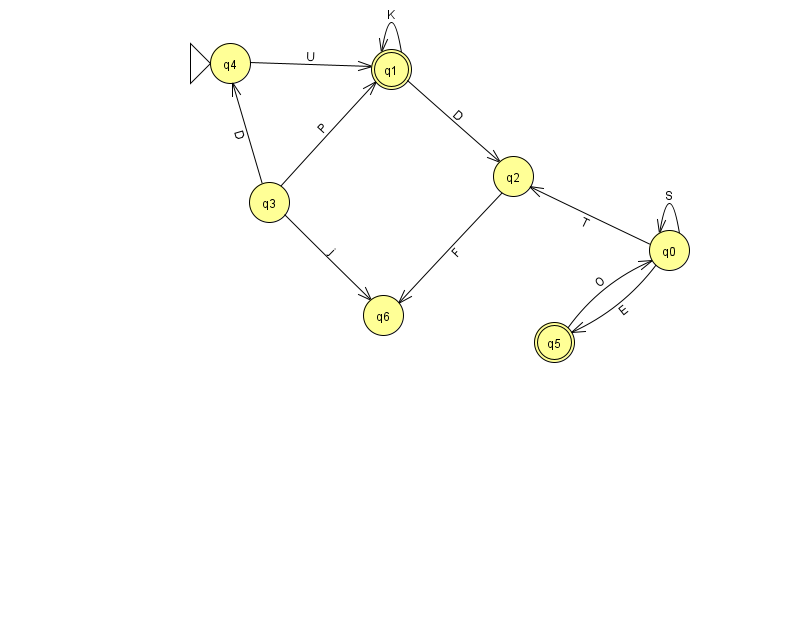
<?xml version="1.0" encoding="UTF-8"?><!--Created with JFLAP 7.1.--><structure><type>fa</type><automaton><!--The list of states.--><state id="0" name="q0"><x>669.0</x><y>237.0</y></state><state id="1" name="q1"><x>391.0</x><y>56.0</y><final/></state><state id="2" name="q2"><x>513.0</x><y>163.0</y></state><state id="3" name="q3"><x>269.0</x><y>189.0</y></state><state id="4" name="q4"><x>230.0</x><y>50.0</y><initial/></state><state id="5" name="q5"><x>554.0</x><y>329.0</y><final/></state><state id="6" name="q6"><x>383.0</x><y>302.0</y></state><!--The list of transitions.--><transition><from>4</from><to>1</to><read>U</read></transition><transition><from>0</from><to>0</to><read>S</read></transition><transition><from>3</from><to>6</to><read>j</read></transition><transition><from>2</from><to>6</to><read>F</read></transition><transition><from>0</from><to>5</to><read>E</read></transition><transition><from>3</from><to>4</to><read>D</read></transition><transition><from>3</from><to>1</to><read>P</read></transition><transition><from>0</from><to>2</to><read>T</read></transition><transition><from>1</from><to>2</to><read>D</read></transition><transition><from>1</from><to>1</to><read>K</read></transition><transition><from>5</from><to>0</to><read>O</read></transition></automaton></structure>